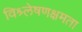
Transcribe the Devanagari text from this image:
विश्र्लेषणक्षमता